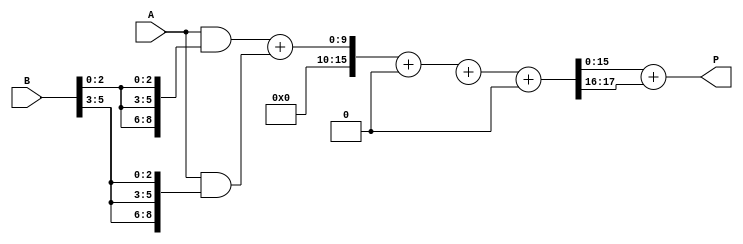
module radix8_wallace_multiplier #(
    parameter N = 8 // Width of the input numbers (N bits)
)(
    input [N-1:0] A, // Multiplicand
    input [N-1:0] B, // Multiplier
    output [(2*N)-1:0] P // Product output
);

    // Size calculation
    wire [2*N-1:0] partial_products [(N/3)-1:0]; // Partial products generated by the N bits of B
    wire [2*N-1:0] sum1, sum2; // Intermediate sums
    wire [2*N-1:0] carry1, carry2; // Carry bits

    // -----------------
    // Partial Product Generation (Radix-8)
    // -----------------
    genvar i, j;
    generate
        for (i = 0; i < N; i = i + 3) begin : pp_gen
            assign partial_products[i/3] = A & {3{B[i +: 3]}}; // Generate partial products
        end
    endgenerate

    // -----------------
    // Wallace Tree Reduction
    // -----------------
    // First reduction stage (3-to-2 reduction)
    wire [2*N-1:0] stage1_sum [(N/3)-1:0];
    wire [2*N-1:0] stage1_carry [(N/3)-1:0];

    generate
        for (i = 0; i < (N/3)-1; i = i + 1) begin : reduce_stage1
            // Using half-adders and full-adders
            assign {stage1_carry[i], stage1_sum[i]} = partial_products[i] + partial_products[i + 1] + (i + 2 < (N/3) ? partial_products[i + 2] : 0);
        end
    endgenerate

    // Second reduction stage (if necessary)
    wire [2*N-1:0] stage2_sum, stage2_carry;

    assign {stage2_carry, stage2_sum} = (N/3) % 3 == 0 ? 
        (stage1_sum[3] + stage1_sum[4] + stage1_sum[5]) : 
        (stage1_sum[0] + stage1_sum[1] + (N/3 > 2 ? stage1_sum[2] : 0));

    // -----------------
    // Final Addition
    // -----------------
    assign P = stage2_sum + stage2_carry;

endmodule